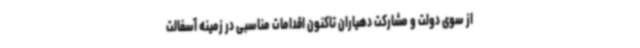
از سوی دولت و مشارکت دهیاران تاکنون اقدامات مناسبی در زمینه آسفالت